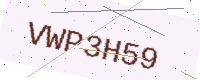
Text: VWP3H59